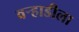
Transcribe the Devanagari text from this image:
वर्‍हाडीला